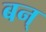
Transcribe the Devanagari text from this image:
बन्